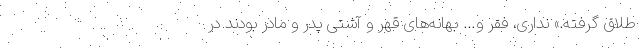
طلاق گرفته.» نداری، فقر و… بهانه‌های قهر و آشتی پدر و مادر بودند در